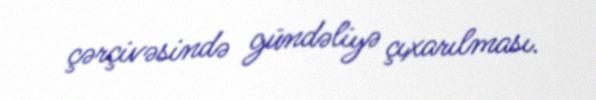
çərçivəsində gündəliyə çıxarılması.